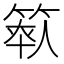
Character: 𥯺